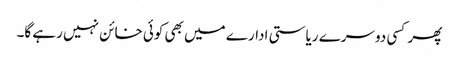
پھر کسی دوسرے ریاستی ادارے میں بھی کوئی خائن نہیں رہے گا۔